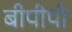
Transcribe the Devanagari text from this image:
बीपीपी